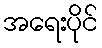
အရေးပိုင်